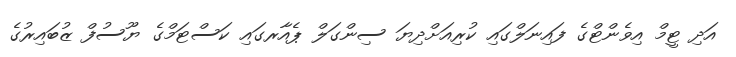
އަދި ޓީމް އިވެންޓްގެ ފައިނަލްގައި ކުރިއަށްދިޔަ ސިންގަލް ޕެއާރގައި ކަސްޓަމްގެ ޔޫސުފް ޒުބައިރުގެ